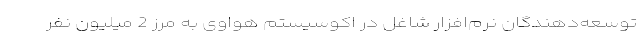
توسعه‌دهندگان نرم‌افزار شاغل در اکوسیستم هواوی به مرز 2 میلیون نفر